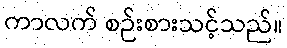
ကာလက် စဉ်းစားသင့်သည်။